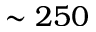
\sim 2 5 0